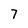
Character: 7